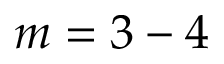
m = 3 - 4